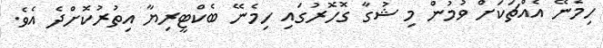
ހިމެނޭ އެއްޗަކަށް ވުމުން މި ޝުގާ ގޮހޮރުގައި ހިމެނޭ ބެކްޓީރިޔާ އިތުރުކޮށްދެ އެވެ.